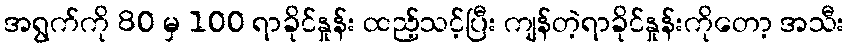
အရွက်ကို 80 မှ 100 ရာခိုင်နှုန်း ထည့်သင့်ပြီး ကျန်တဲ့ရာခိုင်နှုန်းကိုတော့ အသီး